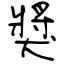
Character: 獎